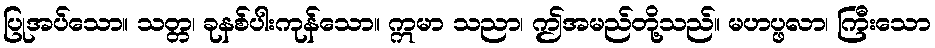
ပြုအပ်သော။ သတ္တ၊ ခုနစ်ပါးကုန်သော။ ဣမာ သညာ၊ ဤအမည်တို့သည်။ မဟပ္ဖလာ၊ ကြီးသော